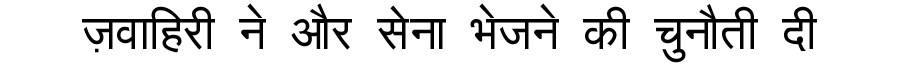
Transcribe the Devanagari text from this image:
ज़वाहिरी ने और सेना भेजने की चुनौती दी